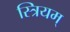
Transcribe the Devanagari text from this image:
स्त्रियम्